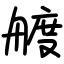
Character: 艔